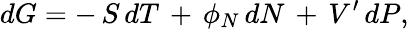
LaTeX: dG=-\, S\, dT\, +\, \phi_{N}\, dN\, +\, V^{\prime}\, dP,